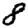
Digit: 8